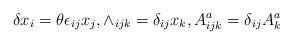
LaTeX: \begin{align*}\delta x_{i} = \theta\epsilon_{ij}x_{j}, \wedge_{ijk} =\delta_{ij}x_{k}, A^{a}_{ijk} = \delta_{ij}A^{a}_{k}\end{align*}